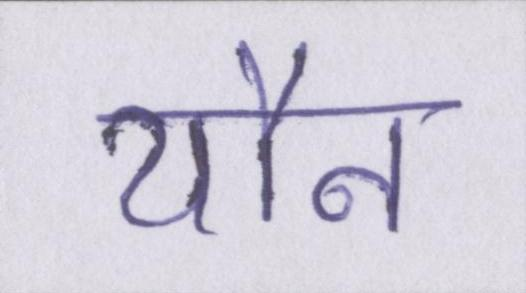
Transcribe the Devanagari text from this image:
यौन